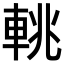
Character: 𨋫